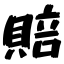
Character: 賠